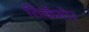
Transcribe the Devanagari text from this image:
सिकॅमोर